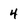
Character: 4